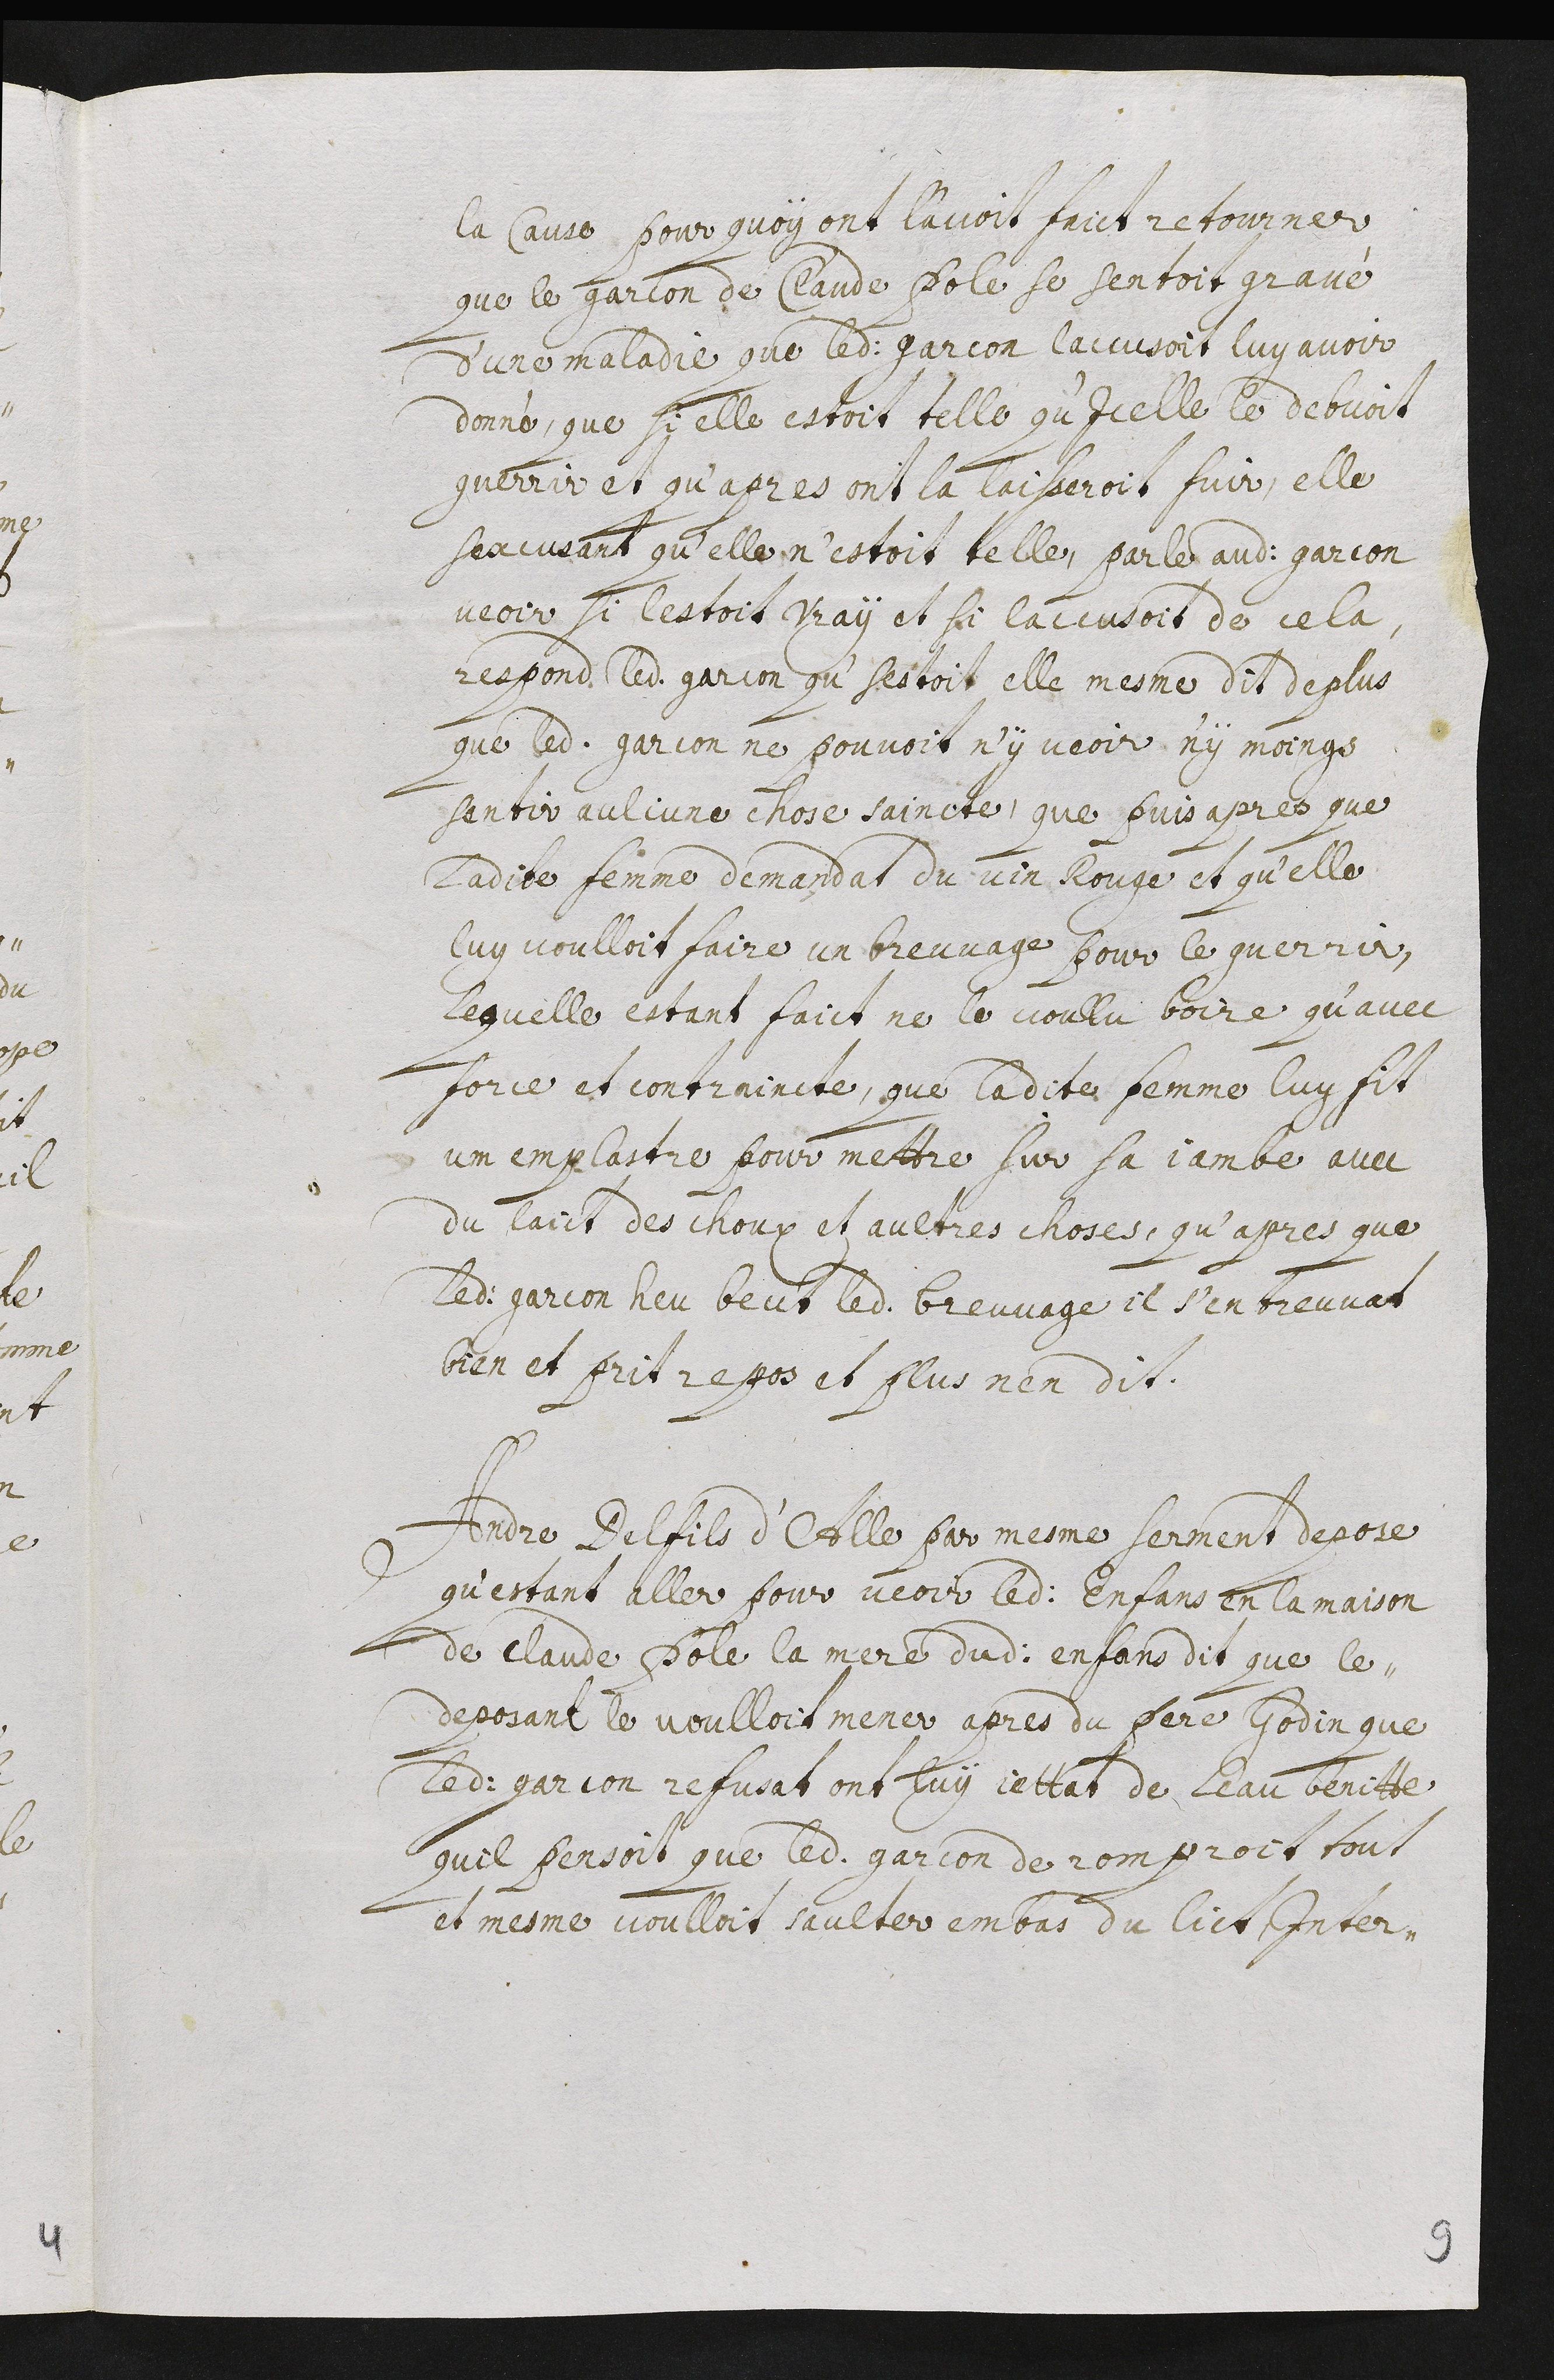
la cause pour quoy ont l’avoit faict retourner :
que le garcon de Claude Pole se sentoit gravé
d’une maladie que ledit garcon l’accusoit luy avoir
donné. Que si elle estoit telle qu’icelle le debvoit
guerrir et qu’apres ont la laisseroit fuir. Elle
s’excusant qu’elle n’estoit telle, parle audit garcon
veoir si l’estoit vray et si l’accusoit de cela,
respond ledit garcon qu’sestoit elle mesme dit de plus
que ledit garcon ne pouvoit n’y veoir n’y moings
sentir aulcune chose saincte, que puis apres que
ladite femme demandat du vin rouge et qu’elle
luy voulloit faire un breuvage pour le guerrir,
lequelle estant faict ne le voullu boire qu’avec
force et contraincte, que ladite femme luy fit
un emplastre pour mettre sur sa jambe avec
du laict, des choux et aultres choses, qu’apres que
ledit garcon heu beut ledit breuvage il s’en treuvat
bien et prit repos et plus n’en dit.
Andre Delfils d’Alle par mesme serment depose
qu’estant aller pour veoir ledit enfans en la maison
de Claude Pole la mere dudit enfans dit que le
deposant le voulloit mener apres du père Godin que
ledit garcon refusat ont luy jettat de l’eau benitte,
qu’il pensoit que ledit garcon de romproit tout
et mesme voulloit saulter em bas du lict, inter-